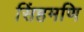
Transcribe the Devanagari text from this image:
सिंहमणि